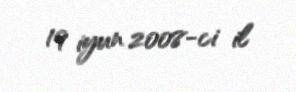
19 iyun 2008-ci il